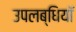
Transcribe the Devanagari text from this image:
उपलब्धियॉ